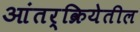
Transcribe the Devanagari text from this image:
आंतर्क्रियेतील